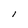
Character: l